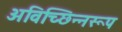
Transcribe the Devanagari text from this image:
अविच्छिन्नरूप